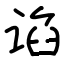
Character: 谄